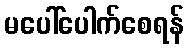
မပေါ်ပေါက်စေရန်